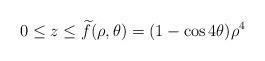
LaTeX: \begin{align*}0\leq z\leq\widetilde{f}(\rho,\theta)=(1-\cos4\theta)\rho^4\end{align*}